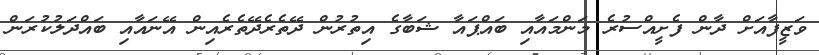
ވަޒީފާއަށް ދާން ފެށީއްސުރެ މަންމައާއި ބައްޕައާ ޝަބާގެ އިތުރުން ދޭތެރެދޭތެރެއިން އޭނައާއި ބައްދަލުކުރަން